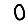
Digit: 0